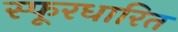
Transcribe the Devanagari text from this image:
स्फूरधारित